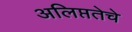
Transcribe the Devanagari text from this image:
अलिप्ततेचे